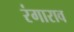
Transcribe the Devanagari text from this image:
रंगाराव